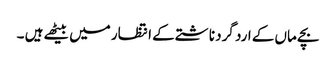
بچے ماں کے ارد گرد ناشتے کے انتظار میں بیٹھے ہیں ۔